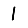
Digit: 1